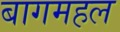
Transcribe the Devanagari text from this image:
बागमहल